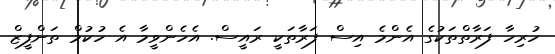
ހުރިހާ ފަރާތްތަކުގެ އެންމެ އިސް ފަރާތަކީ ރައީސް. އެހެންވީމާ އެ ހުކުމް ތަންފީޒް